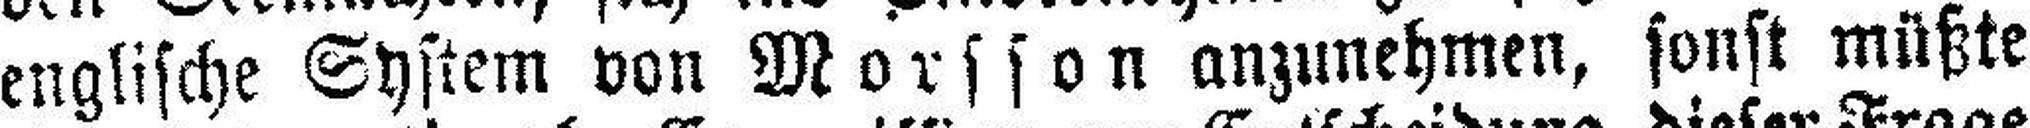
englische System von Morsson anzunehmen, sonst müßte